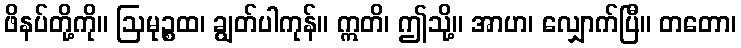
ဖိနပ်တို့ကို။ ဩမုဉ္စထ၊ ချွတ်ပါကုန်။ ဣတိ၊ ဤသို့။ အာဟ၊ လျှောက်ပြီ။ တတော၊